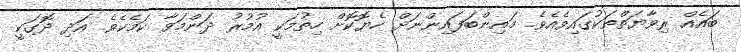
ބައެއް ރިވާޔަތްތަކުގައިވެއެވެ. މައިންބަފައިންނަށް ހެޔޮކޮށް ހިތުމަކީ އުމުރު ދަންމަވާ ކަމެކެވެ. އަދި ދޮގަކީ